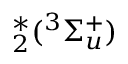
^ { * } _ { 2 } ( ^ { 3 } \Sigma _ { u } ^ { + } )